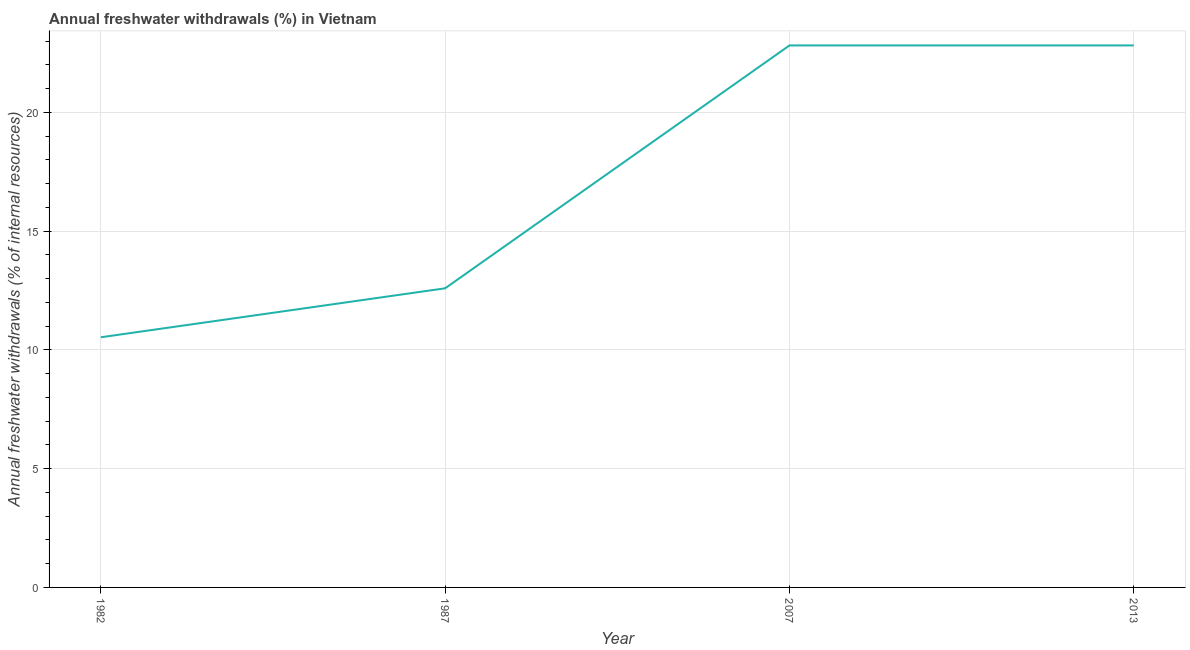
| Year | Annual freshwater withdrawals |
 | --- | --- |
 | 1982 | 10.5 |
 | 1987 | 12.6 |
 | 2007 | 22.8 |
 | 2013 | 22.8 |